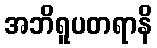
အဘိရူပတရာနိ